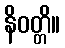
နိဝတ္တိ။